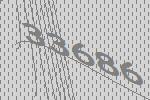
33686